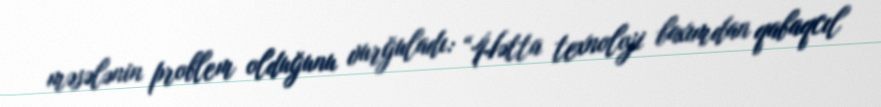
məsələnin problem olduğunu vurğuladı: “Hətta texnoloji baxımdan qabaqcıl